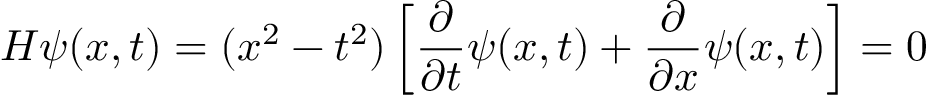
{ \cal H } \psi ( x , t ) = ( x ^ { 2 } - t ^ { 2 } ) \left[ \frac { \partial } { \partial t } \psi ( x , t ) + \frac { \partial } { \partial x } \psi ( x , t ) \right] = 0